Civil Veterinary Department Bihar & Orissa reports 1911-21 - 1911-1921
Year: 1911
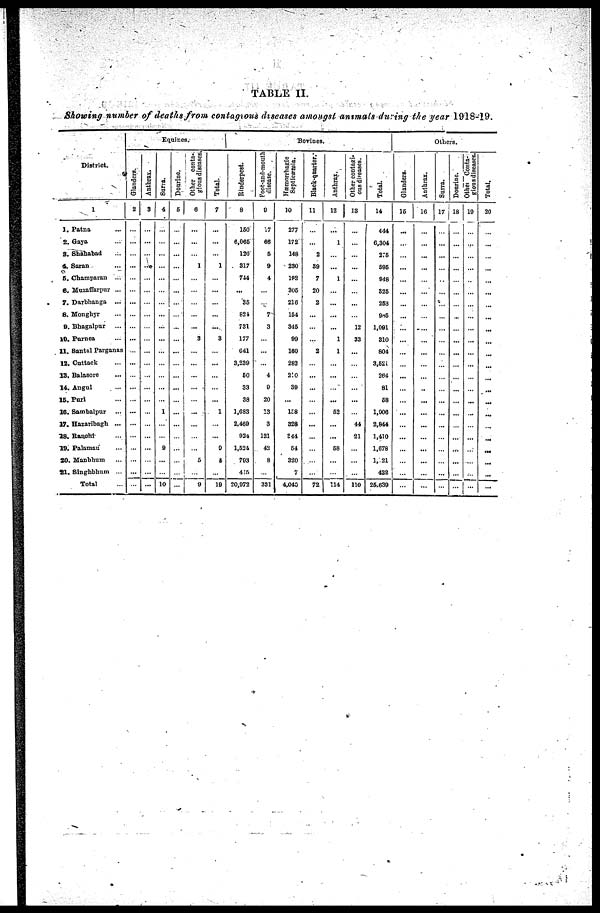
TABLE II.
Showing number of deaths from contagious diseases amongst animals during the year 1918-19.
District.
1
1. Patna …
2. Gaya …
3. Shahabad …
4. Saran …
5. Champavan
...
6. Muzaffarpur ...
7. Darbhanga
...
8. Monghyr …
9. Bhagalpur …
10. Purnea …
11. Bantal Pavganas
12. Cuttack …
13. Balasore …
14. Angul …
15. Puri …
16. Sambalpur …
17. Hazaribagh ...
18. Bauohi …
19. Palamau …
20. Manbhum …
21. Singhbhum ...
Total …
Equines.
Glanders.
2
…
…
…
…
…
…
…
…
…
…
…
…
…
...
…
...
…
…
…
…
…
…
Anthrax.
3
…
…
…
…
…
…
…
…
…
…
…
…
…
…
…
…
…
…
…
…
…
…
Surra.
4
…
…
…
…
…
…
…
...
...
…
…
…
…
…
…
1
…
…
9
…
…
10
Dourine.
5
…
…
…
…
…
…
…
…
…
…
…
…
…
…
…
…
…
…
…
…
…
…
Other conta-
gious diseases.
6
…
…
…
1
…
…
…
…
...
3
…
…
…
…
...
…
…
…
...
5
…
9
Total.
7
…
…
…
1
…
…
…
…
...
3
…
...
…
…
…
1
…
…
9
5
…
19
Bovines.
Rinderpest.
8
150
6,065
120
317
744
...
35
824
731
177
641
3,239
50
33
38
1,683
2,469
924
1,524
793
435
20,972
Foot-and-mouth
disease.
9
17
66
5
9
4
…
…
7
3
…
…
…
4
9
20
13
3
121
42
8
…
331
Hæmorrhagic
Septieæmia.
10
277
172
148
230
182
305
216
154
345
99
160
282
210
39
…
158
328
344
54
320
7
4,040
Black-quarter:
11
…
…
2
39
7
20
2
…
…
…
2
…
…
…
…
…
...
…
…
…
…
72
Anthrax.
12
...
1
…
…
1
…
…
...
…
1
1
…
…
…
...
52
…
...
58
…
…
114
Other contagi-
ous diseases.
13
…
…
…
…
…
…
…
…
12
33
…
…
…
…
...
…
44
21
…
…
…
110
Total.
14
444
6,304
275
595
948
325
253
985
1,091
310
804
3,521
264
81
58
1,906
2,844
1,410
1,678
1, 21
422
25,639
Others.
Glanders.
15
…
…
…
…
…
…
…
…
…
…
…
…
…
…
…
…
…
…
…
…
…
...
Anthrax.
16
…
…
…
…
…
…
…
…
...
…
…
…
…
…
…
…
…
…
…
…
…
…
Surra.
17
…
…
…
…
…
…
…
…
…
…
…
…
…
…
…
…
…
…
…
…
…
…
Dourine.
18
…
…
…
…
…
…
…
…
…
…
…
…
…
…
…
…
…
…
…
…
…
…
Other
Conta-
giousdiseases.
19
…
…
…
…
…
…
…
…
…
…
…
…
…
…
…
…
…
…
…
…
…
…
Total.
20
…
…
…
…
…
...
…
...
...
…
...
...
...
...
...
...
…
...
...
...
...
...